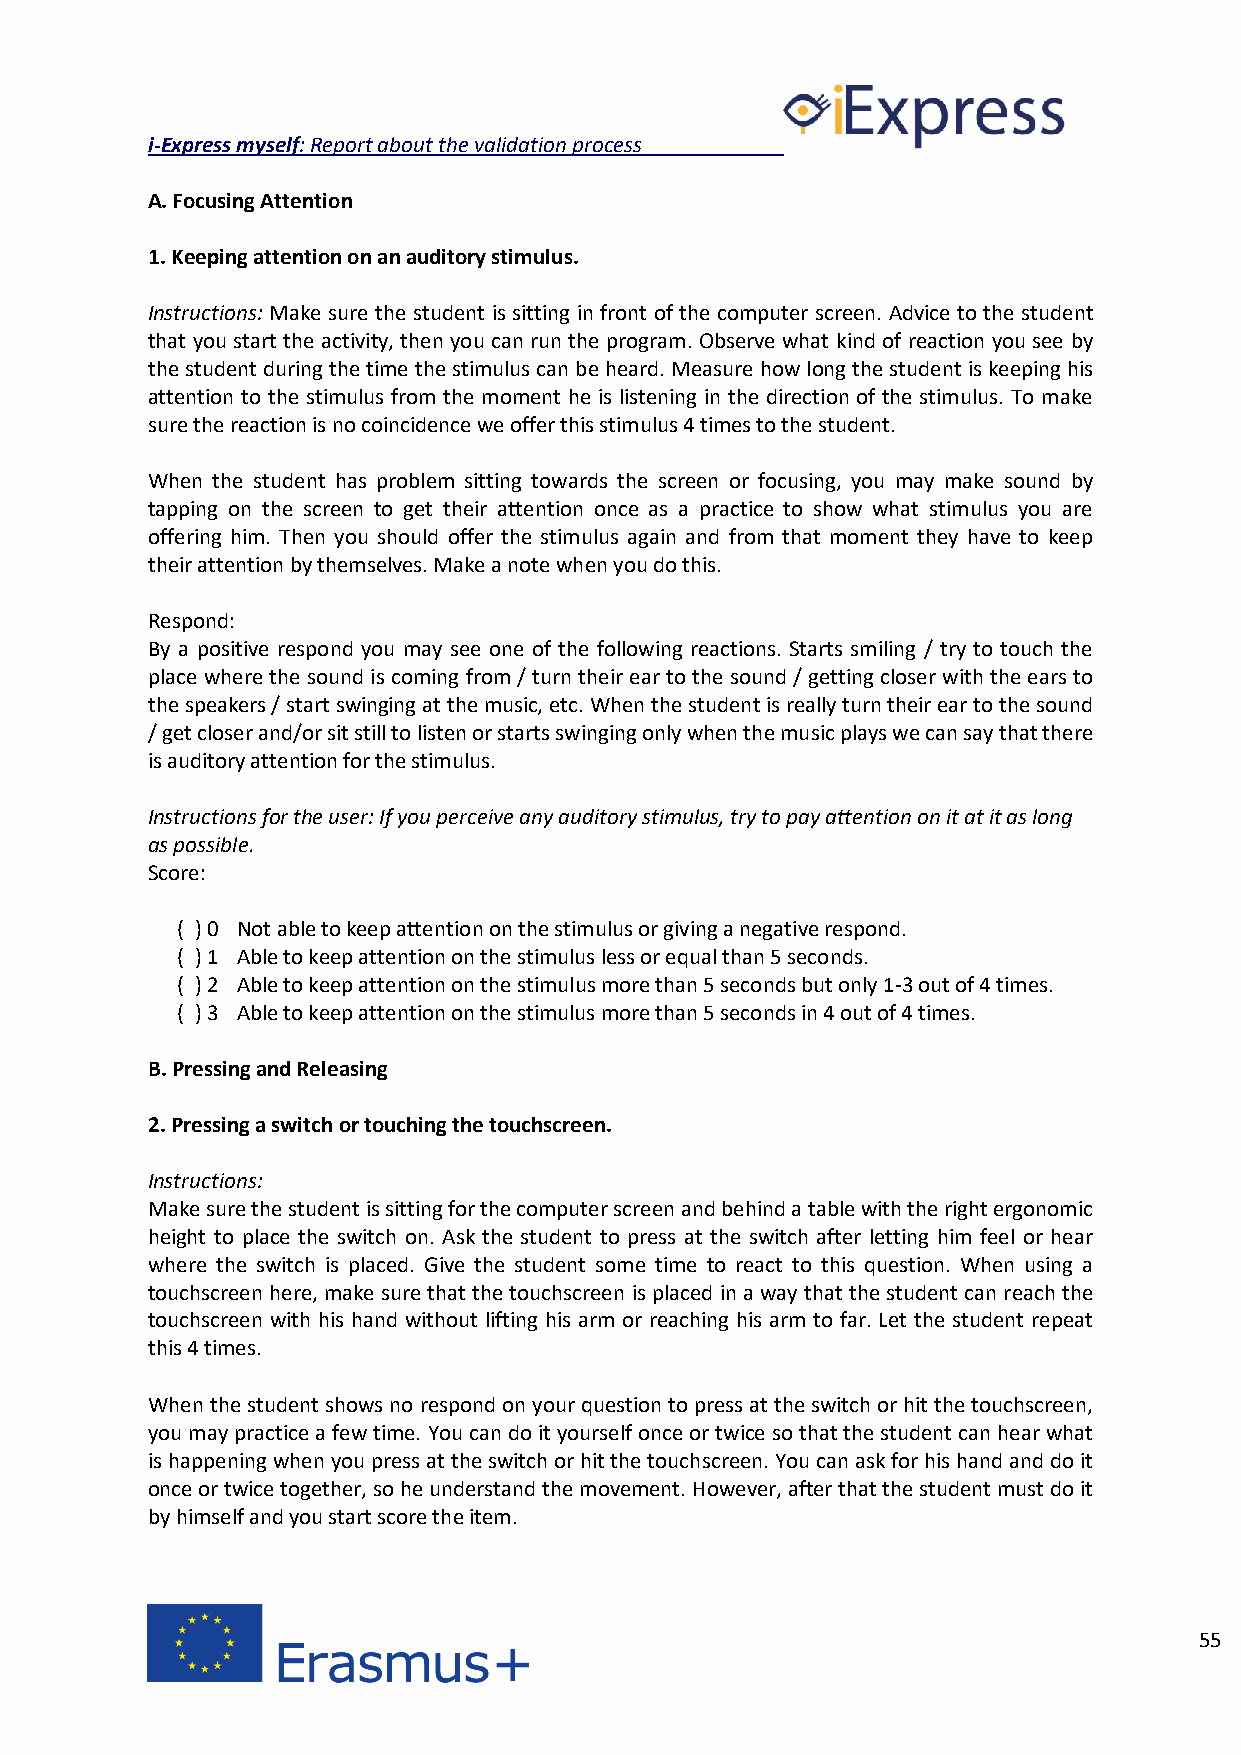
i-Express myself: Report about the validation process
 A. Focusing Attention
 1. Keeping attention on an auditory stimulus.
 Instructions: Make sure the student is sitting in front of the computer screen. Advice to the student
 that you start the activity, then you can run the program. Observe what kind of reaction you see by
 the student during the time the stimulus can be heard. Measure how long the student is keeping his
 attention to the stimulus from the moment he is listening in the direction of the stimulus. To make
 sure the reaction is no coincidence we offer this stimulus 4 times to the student.
 When the student has problem sitting towards the screen or focusing, you may make sound by
 tapping on the screen to get their attention once as a practice to show what stimulus you are
 offering him. Then you should offer the stimulus again and from that moment they have to keep
 their attention by themselves. Make a note when you do this.
 Respond:
 By a positive respond you may see one of the following reactions. Starts smiling / try to touch the
 place where the sound is coming from / turn their ear to the sound / getting closer with the ears to
 the speakers / start swinging at the music, etc. When the student is really turn their ear to the sound
 / get closer and/or sit still to listen or starts swinging only when the music plays we can say that there
 is auditory attention for the stimulus.
 Instructions for the user: If you perceive any auditory stimulus, try to pay attention on it at it as long
 as possible.
 Score:
 ( ) 0 Not able to keep attention on the stimulus or giving a negative respond.
 ( ) 1 Able to keep attention on the stimulus less or equal than 5 seconds.
 ( ) 2 Able to keep attention on the stimulus more than 5 seconds but only 1-3 out of 4 times.
 ( ) 3 Able to keep attention on the stimulus more than 5 seconds in 4 out of 4 times.
 B. Pressing and Releasing
 2. Pressing a switch or touching the touchscreen.
 Instructions:
 Make sure the student is sitting for the computer screen and behind a table with the right ergonomic
 height to place the switch on. Ask the student to press at the switch after letting him feel or hear
 where the switch is placed. Give the student some time to react to this question. When using a
 touchscreen here, make sure that the touchscreen is placed in a way that the student can reach the
 touchscreen with his hand without lifting his arm or reaching his arm to far. Let the student repeat
 this 4 times.
 When the student shows no respond on your question to press at the switch or hit the touchscreen,
 you may practice a few time. You can do it yourself once or twice so that the student can hear what
 is happening when you press at the switch or hit the touchscreen. You can ask for his hand and do it
 once or twice together, so he understand the movement. However, after that the student must do it
 by himself and you start score the item.
 55